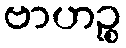
ဗာဟဉ္စ